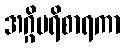
အဂ္ဂိပရိစာရကာ